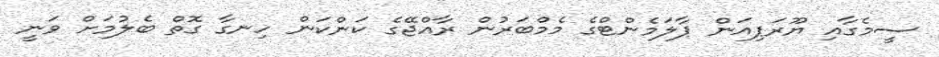
ސީމެގާއި ޔޫރަޕިއަން ޕާލަމެންޓްގެ މެމްބަރުން ރާއްޖޭގެ ކަންކަން ހިނގާ ގޮތް ބެލުމަށް ވަނީ